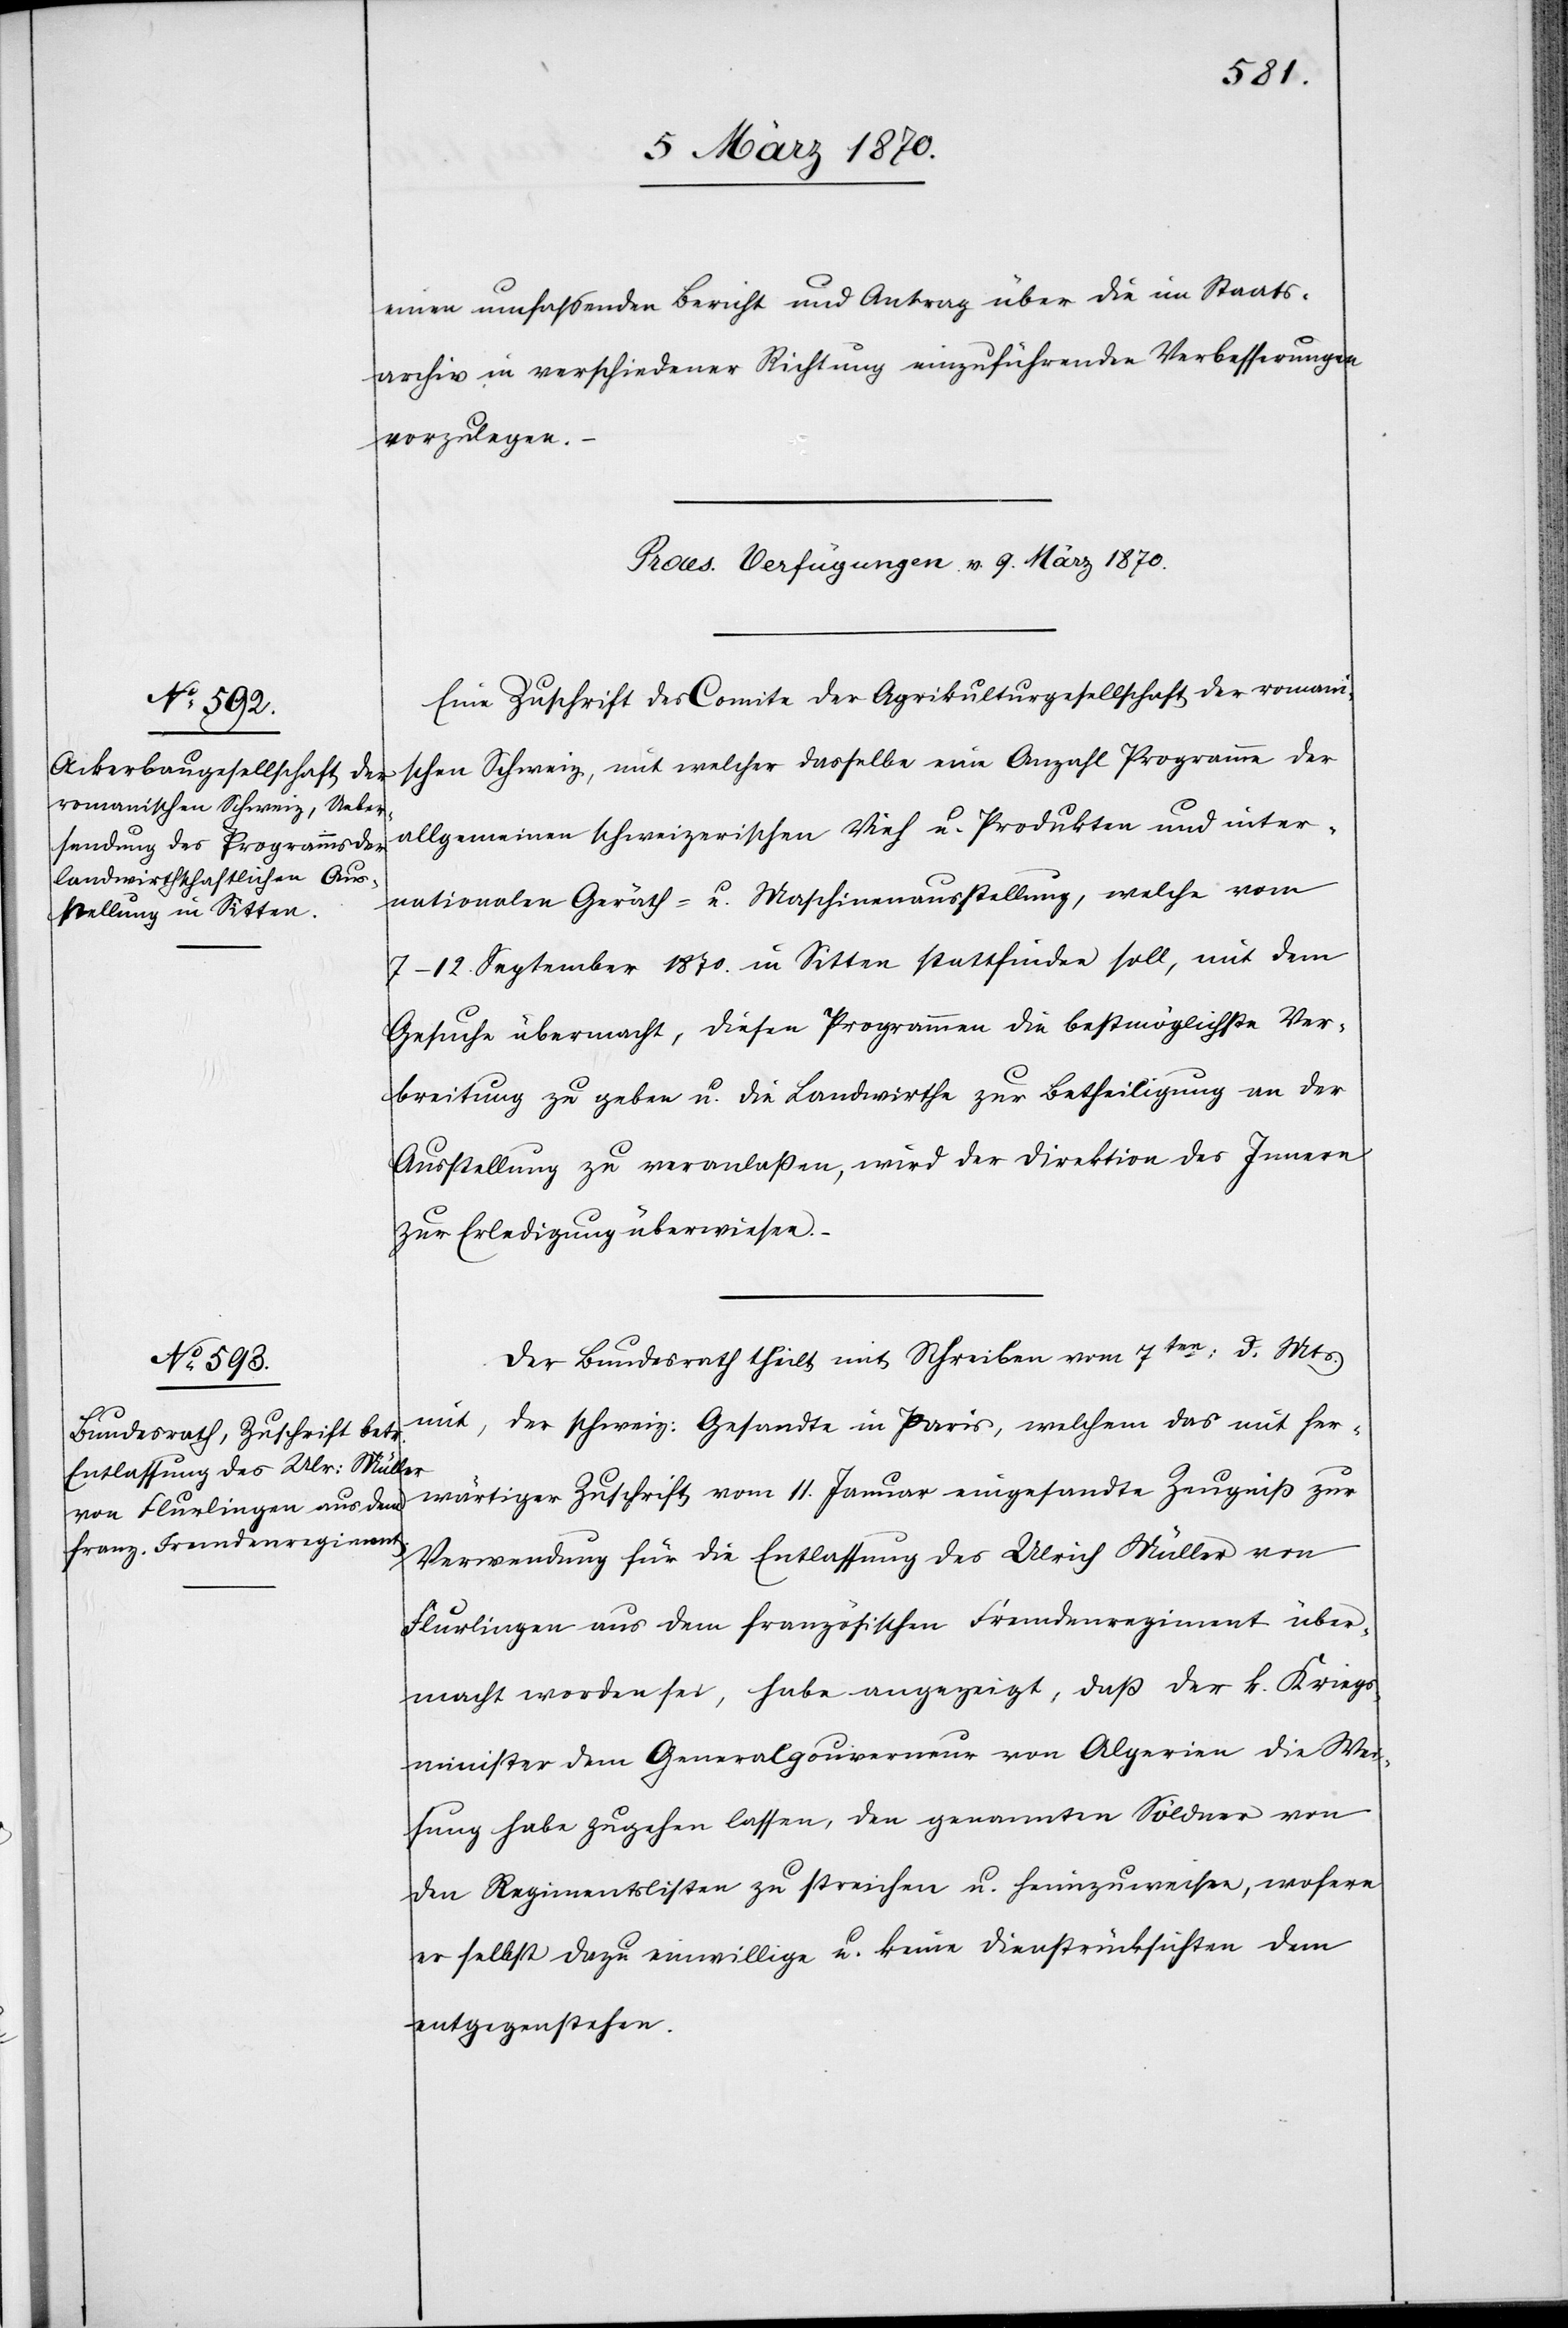
einen umfassenden Bericht und Antrag über die im Staats¬
archiv in verschiedener Richtung einzuführenden Verbesserunge¬
n
vorzulegen.
[Praes. Verfügungen v. 9. März 1870.]
Eine Zuschrift des Comite der Agrikulturgesellschaft der romani¬
schen Schweiz, mit welcher dasselbe eine Anzahl Programme der
allgemeinen schweizerischen Vieh u. Produkten und inter¬
nationalen Geräth- u. Maschinenausstellung, welche vom
7–12. September 1870. in Sitten stattfinden soll, mit dem
Gesuche übermacht, diesen Programmen die bestmöglichste Ver¬
breitung zu geben u. die Landwirthe zur Betheiligung an der
Ausstellung zu veranlaßen, wird der Direktion des Innern
zur Erledigung überwiesen.
Der Bundesrath theilt mit Schreiben vom 7ten: d. Mts.
mit, der schweiz: Gesandte in Paris, welchem das mit her¬
wärtiger Zuschrift vom 11. Januar eingesandte Zeugniß zur
Verwendung für die Entlassung des Ulrich Müller von
Flurlingen aus dem französischen Fremdenregiment über¬
macht worden sei, habe angezeigt, daß der k. Kriegs¬
minister dem Generalgouverneur von Algerien die Wei¬
sung habe zugehen lassen, den genannten Söldner von
den Regimentslisten zu streichen u. heimzuweisen, wofern
er selbst dazu einwillige u. keine Dienstrücksichten dem
entgegenstehen.